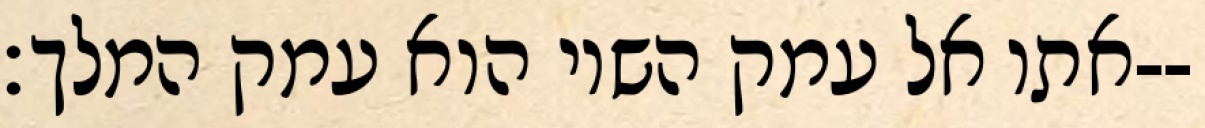
אתו אל עמק השוי הוא עמק המלך׃--